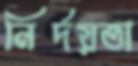
নির্দয়তা